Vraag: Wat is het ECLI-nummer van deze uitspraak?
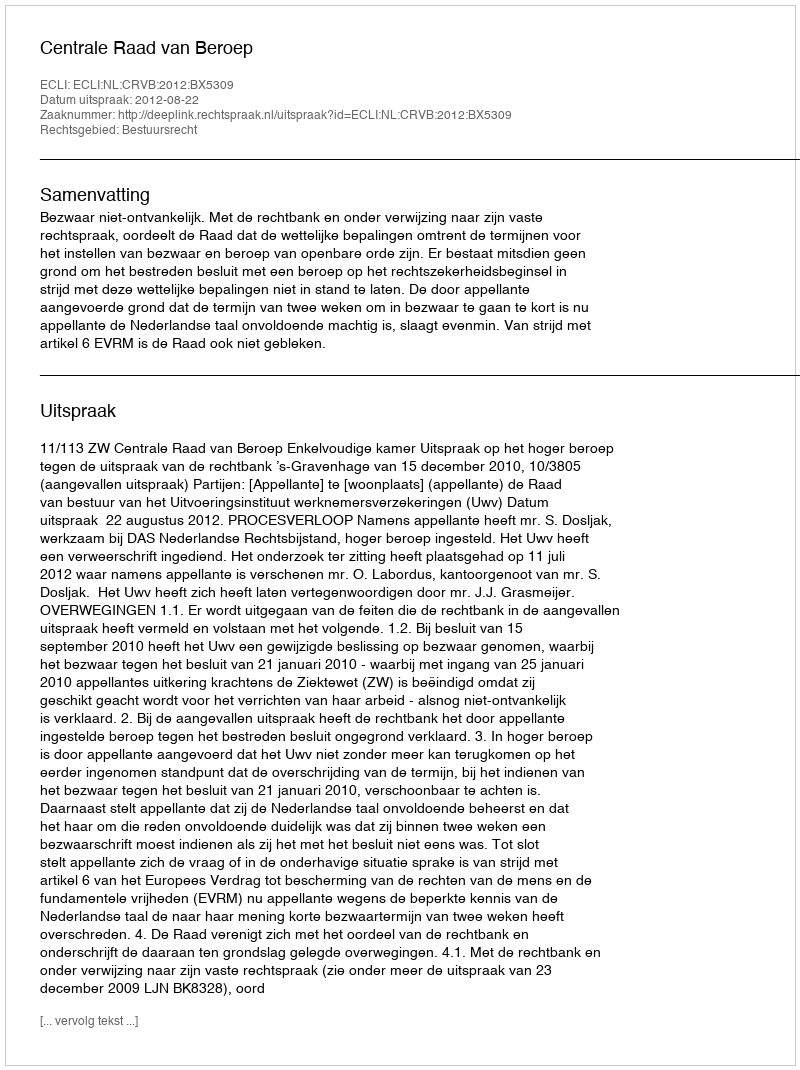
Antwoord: ECLI:NL:CRVB:2012:BX5309